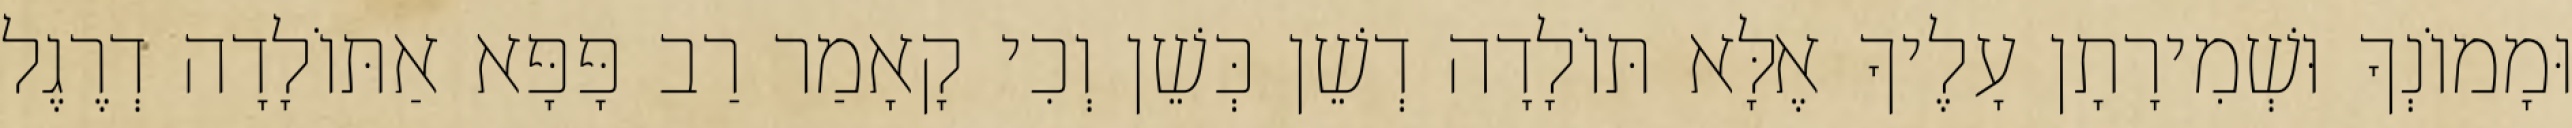
וּמָמוֹנְךָ וּשְׁמִירָתָן עָלֶיךָ אֶלָּא תּוֹלָדָה דְשֵׁן כְּשֵׁן וְכִי קָאָמַר רַב פָּפָּא אַתּוֹלָדָה דְרֶגֶל